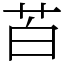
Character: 苩